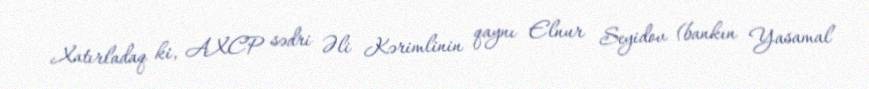
Xatırladaq ki, AXCP sədri Əli Kərimlinin qaynı Elnur Seyidov (bankın Yasamal